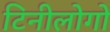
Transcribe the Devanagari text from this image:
टिनीलोगो